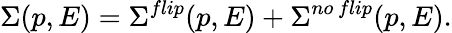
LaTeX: \Sigma(p,E)=\Sigma^{flip}(p,E)+\Sigma^{no\, flip}(p,E).